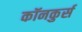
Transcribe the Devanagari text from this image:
कॉनकुर्स